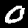
Label: 0